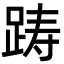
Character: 踌